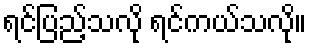
ရင်ပြည့်သလို ရင်ကယ်သလို။